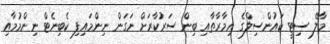
މާލޭ ސިޓީ ކައުންސިލްގެ އިމާރާތާއި ބިން ސަރުކާރަށް ނަގަން ނިންމައިފި ކެބިނެޓް ނިންމުމާއި